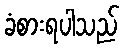
ခံစားရပါသည်